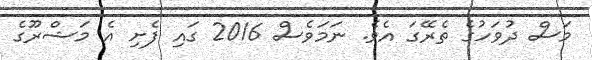
މަސް ދުވަހުގެ ތެރޭގަ އެވެ. ނަމަވެސް 2016 ގައި ފެށި އެ މަޝްރޫގެ